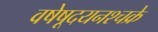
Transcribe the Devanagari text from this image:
वषेषूदयनश्चक्रे